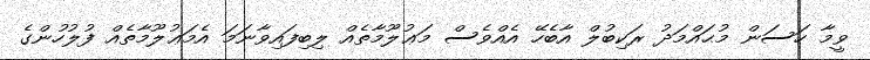
ވީމާ ހަސަން މުޙައްމަދު ރަކިބުލް އާބެހޭ އެއްވެސް މަޢުލޫމާތެއް ލިބިފައިވާނަމަ އެމަޢުލޫމާތެއް ފުލުހުންގެ